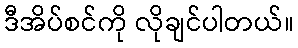
ဒီအိပ်စင်ကို လိုချင်ပါတယ်။